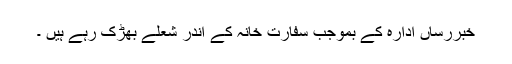
خبررساں ادارہ کے بموجب سفارت خانہ کے اندر شعلے بھڑک رہے ہیں ۔